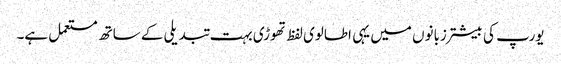
یورپ کی بیشتر زبانوں میں یہی اطالوی لفظ تھوڑی بہت تبدیلی کے ساتھ مستعمل ہے۔